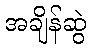
အချိန်ဆွဲ